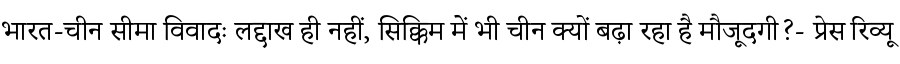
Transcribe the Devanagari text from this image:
भारत-चीन सीमा विवादः लद्दाख ही नहीं, सिक्किम में भी चीन क्यों बढ़ा रहा है मौजूदगी?- प्रेस रिव्यू